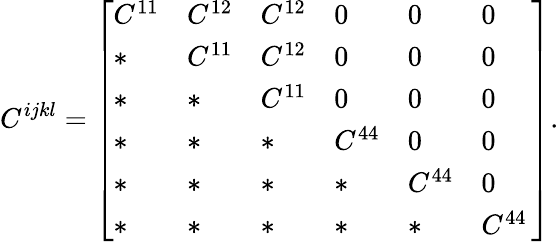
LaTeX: C^{ijkl}=\left[\begin{array}{llllll}{C^{11}}&{C^{12}}&{C^{12}}&{0}&{0}&{0}\\ {*}&{C^{11}}&{C^{12}}&{0}&{0}&{0}\\ {*}&{*}&{C^{11}}&{0}&{0}&{0}\\ {*}&{*}&{*}&{C^{44}}&{0}&{0}\\ {*}&{*}&{*}&{*}&{C^{44}}&{0}\\ {*}&{*}&{*}&{*}&{*}&{C^{44}\, }\end{array}\right].